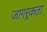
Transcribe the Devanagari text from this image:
जागऱ्रकता